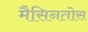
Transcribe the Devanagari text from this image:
मैसिनतोस